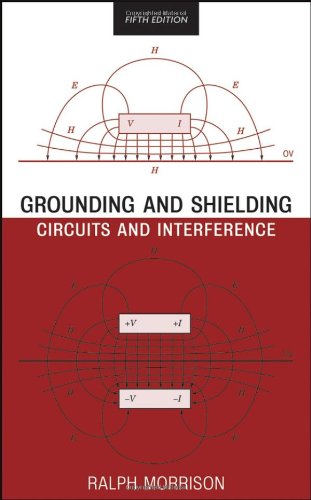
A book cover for Grounding and Shielding: Circuits and Interference; Ralph Morrison; Science & Math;